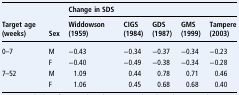
<table><thead><tr><td></td><td></td><td colspan="5"><b>Change in SDS</b></td></tr><tr><td><b>Target age (weeks)</b></td><td><b>Sex</b></td><td><b>Widdowson (1959)</b></td><td><b>CIGS(1984)</b></td><td><b>GDS(1987)</b></td><td><b>GMS(1999)</b></td><td><b>Tampere(2003)</b></td></tr></thead><tbody><tr><td>0–7</td><td>M</td><td>−0.43</td><td>−0.34</td><td>−0.37</td><td>−0.34</td><td>−0.23</td></tr><tr><td></td><td>F</td><td>−0.40</td><td>−0.49</td><td>−0.38</td><td>−0.34</td><td>−0.28</td></tr><tr><td>7–52</td><td>M</td><td>1.09</td><td>0.44</td><td>0.78</td><td>0.71</td><td>0.46</td></tr><tr><td></td><td>F</td><td>1.06</td><td>0.45</td><td>0.68</td><td>0.68</td><td>0.40</td></tr></tbody></table>